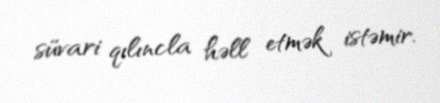
süvari qılıncla həll etmək istəmir.